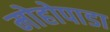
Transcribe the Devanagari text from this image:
मोहोपाडा